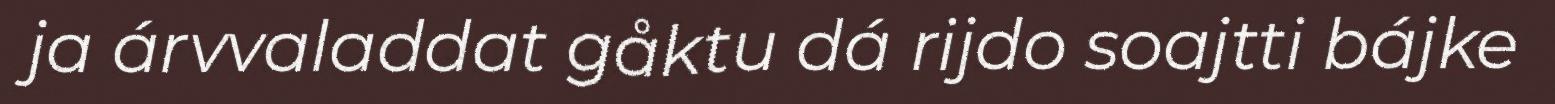
ja árvvaladdat gåktu dá rijdo soajtti bájke